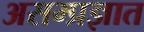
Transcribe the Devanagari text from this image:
असम्प्रज्ञात